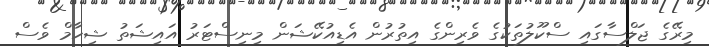
މިރޭގެ ޖަލްސާގައި ސްކޫލުތަކުގެ ވެރިންގެ އިތުރުން އެޑިއުކޭޝަން މިނިސްޓަރު އައިޝަތު ޝިހާމް ވެސް